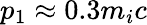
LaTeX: p_{1}\approx 0.3m_{i}c